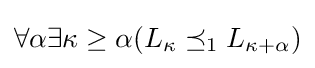
\forall \alpha \exists \kappa \geq \alpha (L_{\kappa }\preceq _{1}L_{\kappa +\alpha })